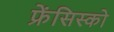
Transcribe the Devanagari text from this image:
फ्रेंसिस्‍को